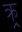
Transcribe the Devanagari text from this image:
क्र्र